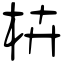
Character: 枿